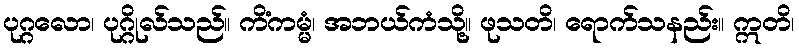
ပုဂ္ဂလော၊ ပုဂ္ဂိုလ်သည်။ ကိံကမ္မံ၊ အဘယ်ကံသို့။ ဖုသတိ၊ ရောက်သနည်း။ ဣတိ၊